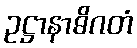
ဥဋ္ဌာနာဓိဂတံ